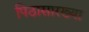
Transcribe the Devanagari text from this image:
पिठासारख्या